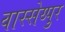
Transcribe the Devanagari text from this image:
वास्सेय्पुर